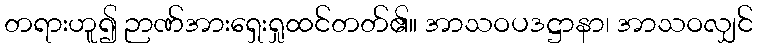
တရားဟူ၍ ဉာဏ်အားရှေးရှုထင်တတ်၏။ အာသဝပဒဋ္ဌာနာ၊ အာသဝလျှင်